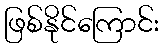
ဖြစ်နိုင်ကြောင်း